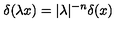
\delta ( \lambda x ) = | \lambda | ^ { - n } \delta ( x )